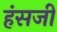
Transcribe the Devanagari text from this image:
हंसजी